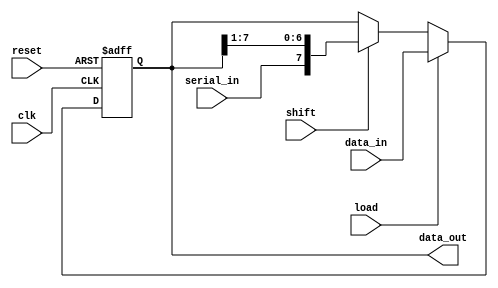
module ParameterizedShiftRegister #(
    parameter WIDTH = 8,          // Parameterized width of the shift register
    parameter SHIFT_DIR = 0       // 0 for right shift, 1 for left shift
)(
    input wire clk,               // Clock signal
    input wire reset,             // Asynchronous reset signal
    input wire [WIDTH-1:0] data_in, // Parallel input data
    input wire serial_in,         // Serial input data (for serial loading)
    input wire load,              // Load control signal (for parallel loading)
    input wire shift,             // Shift control signal
    output reg [WIDTH-1:0] data_out // Output data (current state of the register)
);

    // Internal register to hold the current state
    reg [WIDTH-1:0] shift_reg;

    // Asynchronous reset and synchronous operation
    always @(posedge clk or posedge reset) begin
        if (reset) begin
            shift_reg <= {WIDTH{1'b0}}; // Reset all bits to 0
        end else if (load) begin
            shift_reg <= data_in; // Load parallel data
        end else if (shift) begin
            if (SHIFT_DIR) begin
                // Left shift
                shift_reg <= {shift_reg[WIDTH-2:0], serial_in}; // Shift left and input serial data
            end else begin
                // Right shift
                shift_reg <= {serial_in, shift_reg[WIDTH-1:1]}; // Shift right and input serial data
            end
        end
    end

    // Output the current state of the shift register
    assign data_out = shift_reg;

endmodule